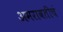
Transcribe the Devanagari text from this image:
अमरावतीचं